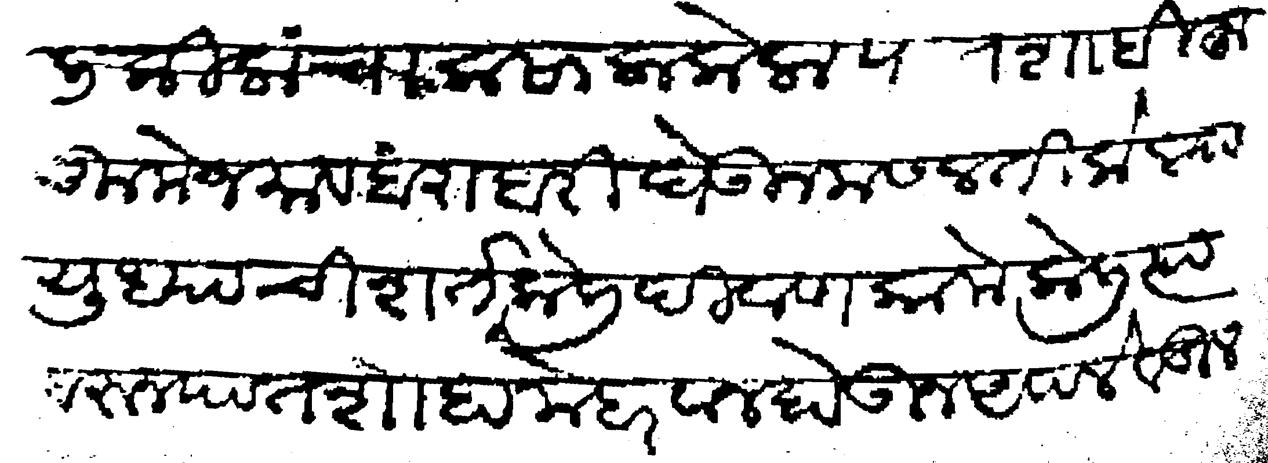
Transliteration (Devanagari): किलांचा कसाला केला पातशाही हुकुमे जमाव बराबरी घेऊन मसलती केल्या युध्याची शर्त केली दिवाणकामे केली त्यावरून पातशाहा मेहरबान होऊन आपले वडील